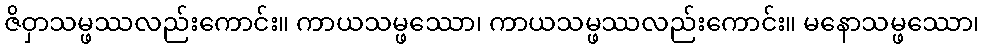
ဇိဝှာသမ္ဖဿလည်းကောင်း။ ကာယသမ္ဖဿော၊ ကာယသမ္ဖဿလည်းကောင်း။ မနောသမ္ဖဿော၊